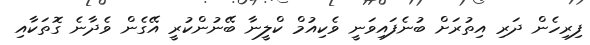
ފިރިހެން ދަރި އިތުރަށް ބުނެފައިވަނީ ވެކިއުމް ކްލީނާ ބޭނުންކުރީ އޭގެން ވެދާނެ ގޮތަކާއި